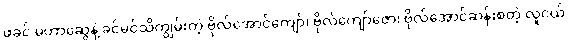
ဖခင် မဟာဆွေနဲ့ ခင်မင်သိကျွမ်းတဲ့ ဗိုလ်အောင်ကျော်၊ ဗိုလ်ကျော်ဇော၊ ဗိုလ်အောင်ဆန်းစတဲ့ လူငယ်